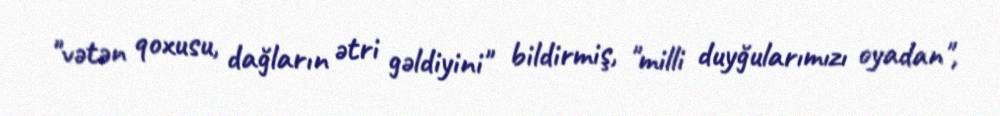
"vətən qoxusu, dağların ətri gəldiyini" bildirmiş, "milli duyğularımızı oyadan",